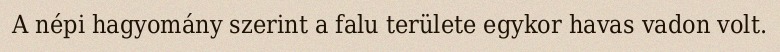
A népi hagyomány szerint a falu területe egykor havas vadon volt.